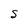
Character: S